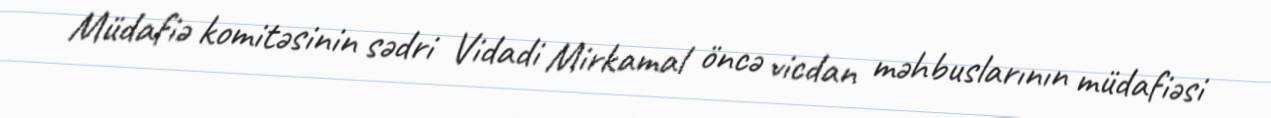
Müdafiə komitəsinin sədri Vidadi Mirkamal öncə vicdan məhbuslarının müdafiəsi